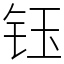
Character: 钰